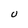
Character: U